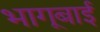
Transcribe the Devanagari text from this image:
भागूबाई